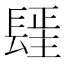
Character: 𰿓